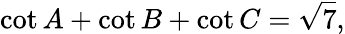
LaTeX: \cot A+\cot B+\cot C={\sqrt{7}},